Plague in India, 1896, 1897 - Volume 1
Year: 1896
Disease focus: Plague
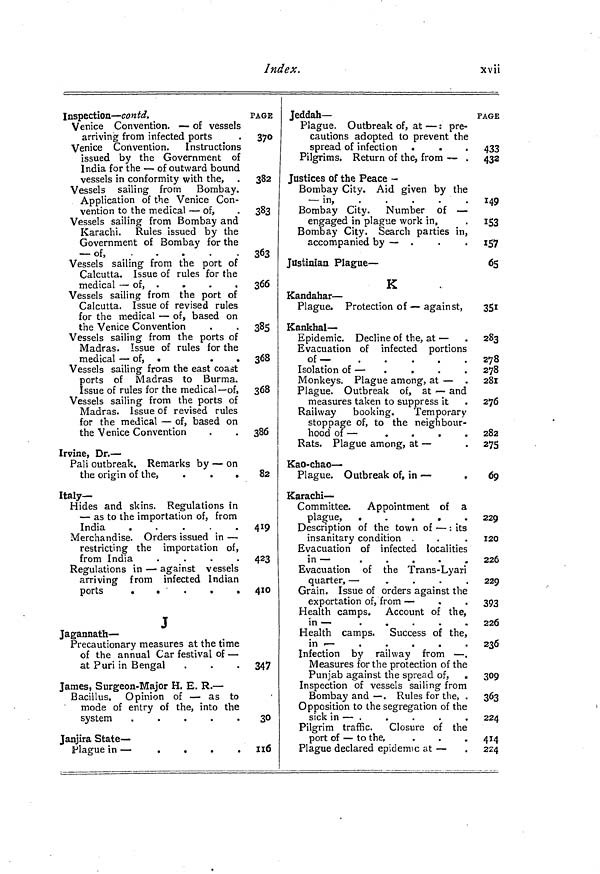
Index.
xvii
Inspection — contd.
Venice Convention. — of vessels
arriving from infected ports
Venice Convention. Instructions
issued by the Government of
India for the — of outward bound
vessels in conformity with the,
Vessels sailing from
Bombay.
Application of the Venice Con-
vention to the medical — of,
Vessels sailing from Bombay and
Karachi. Rules issued by the
Government of Bombay for the
— of,
Vessels sailing from the port of
Calcutta. Issue of rules for the
medical — of, .
.
.
,
Vessels sailing from the port of
Calcutta. Issue of revised rules
for the medical — of, based on
the Venice Convention
Vessels sailing from the ports of
Madras. Issue of rules for the
medical — of, .
.
Vessels sailing from the east coast
ports of Madras to Burma.
Issue of rules for the medical— of,
Vessels sailing from the ports of
Madras. Issue of revised rules
for the medical — of, based on
the Venice Convention
Irvine, Dr. —
Pali outbreak. Remarks by — on
the origin of the,
.
.
.
Italy-
Hides and skins. Regulations in
— as to the importation of, from
India
.
.
.
.
.
Merchandise. Orders issued in —
restricting the importation of,
from India
.
Regulations in — against vessels
arriving from infected Indian
ports
J
Jagannath —
Precautionary measures at the time
of the annual Car festival of —
at Puri in Bengal
James, Surgeon-Major H. E. R. —
Bacillus. Opinion of — as to
mode of entry of the, into the
system
.
.
.
.
.
Janjira State —
Plague in —
.
•
.
PAGE
370
382
383
363
366
385
368
368
386
82
419
423
410
347
30
116
Jeddah—
Plague, Outbreak of, at — : pre-
cautions adopted to prevent the
spread of infection .
Pilgrims. Return of the, from ~ .
Justices of the Peace -
Bombay City. Aid given by the
—
in,
Bombay City. Number of —
engaged in plague work in,
Bombay City. Search parties in,
accompanied by — .
Justinian Plague —
K
Kandahar —
Plague. Protection of — against,
Kankhal—
Epidemic. Decline of the, at —
Evacuation of infected portions
of—
Isolation of —
Monkeys. Plague among, at — .
Plague. Outbreak of, at — and
measures taken to suppress it
Railway booking.
Temporary
stoppage of, to the neighbour-
hood of —
Rats. Plague among, at —
Kao-chao —
Plague. Outbreak of, in —
,
Karachi —
Committee. Appointment of a
plasrue,
....
f*-*^ ww,
V
•
•
«
«
Description of the town of — : its
insanitary condition .
Evacuation of infected localities
in —
.
.
.
Evacuation of the Trans-Lyari
quarter, —
.
.
.
.
Grain. Issue of orders against the
exportation of, from —
Health camps. Account of the,
in —
.
.
.
.
.
Health camps. Success of the,
in —
Infection by railway from — .
Measures for the protection of the
Punjab against the spread of, .
Inspection of vessels sailing from
Bombay and — . Rules for the, .
Opposition to the segregation of the
sick in — .
Pilgrim traffic.
Closure of the
port of — to the,
Plague declared epidemic at —
PAGE
433
432
149
I53
157
65
351
283
278
278
281
276
282
275
69
229
120
226
229
393
226
236
309
363
224
414
224